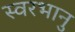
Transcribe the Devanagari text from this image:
स्वरभानु